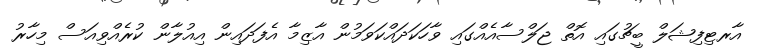
އާރޓިފިޝަލް ބީޗުގައި އޮތް ޖަލްސާއެއްގައި ވާހަކަދައްކަވަމުން އާޒިމާ އެފަދައިން އިއުލާން ކުރެއްވިއަސް މިހާރު